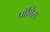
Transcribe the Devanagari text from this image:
पॉपिस